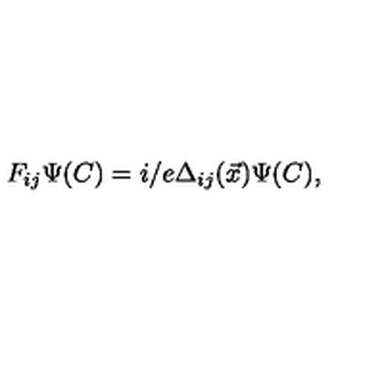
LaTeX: F _ { i j } \Psi ( C ) = i / e \Delta _ { i j } ( \vec { x } ) \Psi ( C ) ,